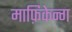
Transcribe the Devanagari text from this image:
माफ़िकेन्ग